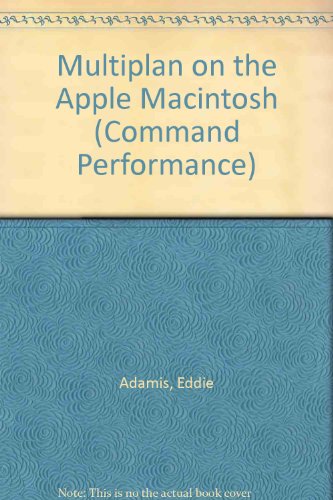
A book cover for Multiplan on the Apple Macintosh: The Microsoft Desktop Dictionary and Cross-Reference Guide (Command Performance); Eddie Adamis; Computers & Technology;